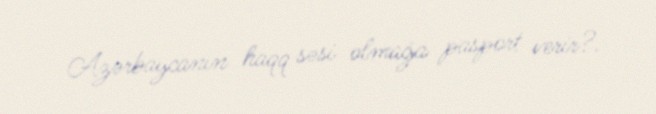
Azərbaycanın haqq səsi olmağa pasport verir?.